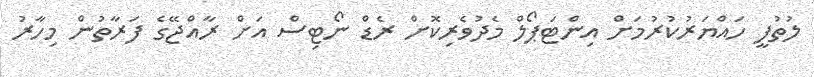
ލުތުފީ ހައްޔަރުކުރުމަށް އިންޓަޕޯލް މެދުވެރިކޮށް ރެޑް ނޯޓިސް އަށް ރާއްޖޭގެ ފަރާތުން މިހާރު